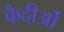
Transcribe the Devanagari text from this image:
कैदीओं